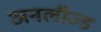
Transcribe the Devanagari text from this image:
अनलीज्ड